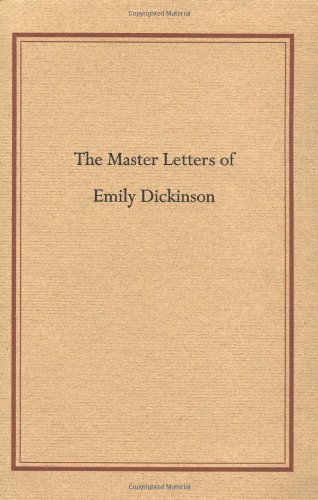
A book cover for Master Letters of Emily Dickinson; Literature & Fiction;